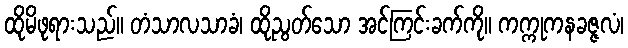
ထိုမိဖုရားသည်။ တံသာလသာခံ၊ ထိုညွတ်သော အင်ကြင်းခက်ကို။ ကက္ကုကနခဇ္ဇလံ၊